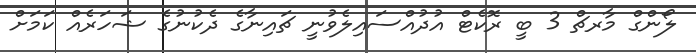
ލޯންގް މާރޗް 3 ބީ ރޮކެޓް އުދުއްސައިލެވުނީ ޗައިނާގެ ދެކުނުގެ ޝަހަރެއް ކަމަށް